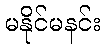
မနိုင်မနင်း